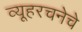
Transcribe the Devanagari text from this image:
व्यूहरचनेचे